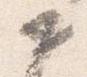
如